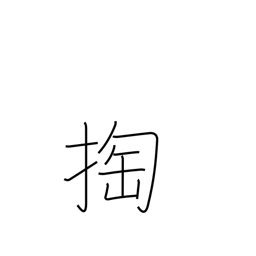
Meaning: pickpocket